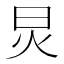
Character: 炅